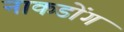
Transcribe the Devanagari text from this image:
नाकडोंग